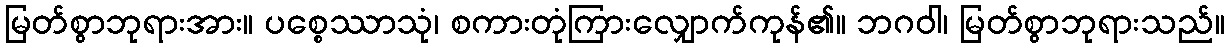
မြတ်စွာဘုရားအား။ ပစ္စေဿာသုံ၊ စကားတုံကြားလျှောက်ကုန်၏။ ဘဂဝါ၊ မြတ်စွာဘုရားသည်။